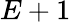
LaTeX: E+1